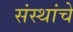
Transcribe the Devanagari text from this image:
संस्‍थांचे